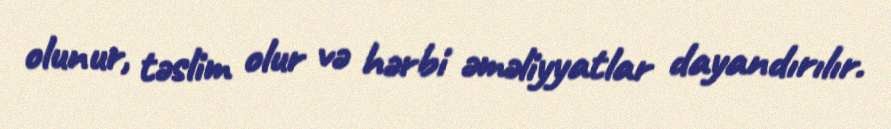
olunur, təslim olur və hərbi əməliyyatlar dayandırılır.